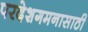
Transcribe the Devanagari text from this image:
परदेशगमनासाठी